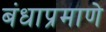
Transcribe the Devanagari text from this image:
बंधाप्रमाणे